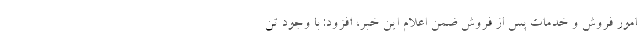
امور فروش و خدمات پس از فروش ضمن اعلام این خبر، افزود: با وجود تن